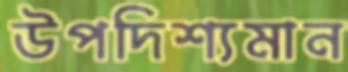
উপদিশ্যমান